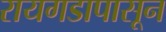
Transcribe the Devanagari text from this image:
रायगडापासून